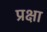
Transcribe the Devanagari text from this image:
प्रक्षा